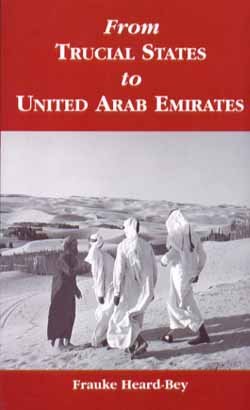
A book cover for From Trucial States to United Arab Emirates; Frauke Heard-Bey; History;